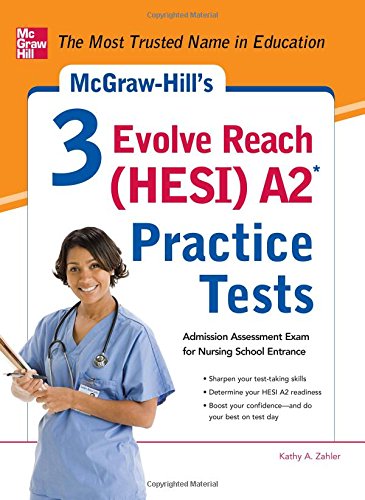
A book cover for McGraw-Hill's 3 Evolve Reach (HESI) A2 Practice Tests; Kathy Zahler; Test Preparation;